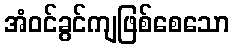
အံဝင်ခွင်ကျဖြစ်စေသော